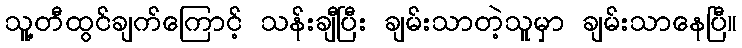
သူ့တီထွင်ချက်ကြောင့် သန်းချီပြီး ချမ်းသာတဲ့သူမှာ ချမ်းသာနေပြီ။